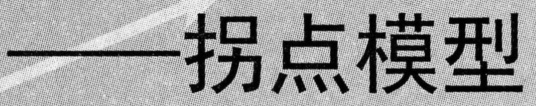
——拐点模型